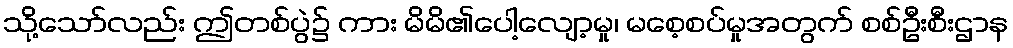
သို့သော်လည်း ဤတစ်ပွဲ၌ ကား မိမိ၏ပေါ့လျော့မှု၊ မစေ့စပ်မှုအတွက် စစ်ဦးစီးဌာန